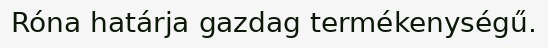
Róna határja gazdag termékenységű.